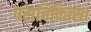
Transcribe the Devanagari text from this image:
पराचिकित्सा